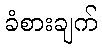
ခံစားချက်